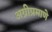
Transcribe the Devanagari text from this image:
अग्नीप्रमाणे